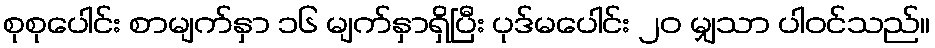
စုစုပေါင်း စာမျက်နှာ ၁၆ မျက်နှာရှိပြီး ပုဒ်မပေါင်း ၂၀ မျှသာ ပါဝင်သည်။